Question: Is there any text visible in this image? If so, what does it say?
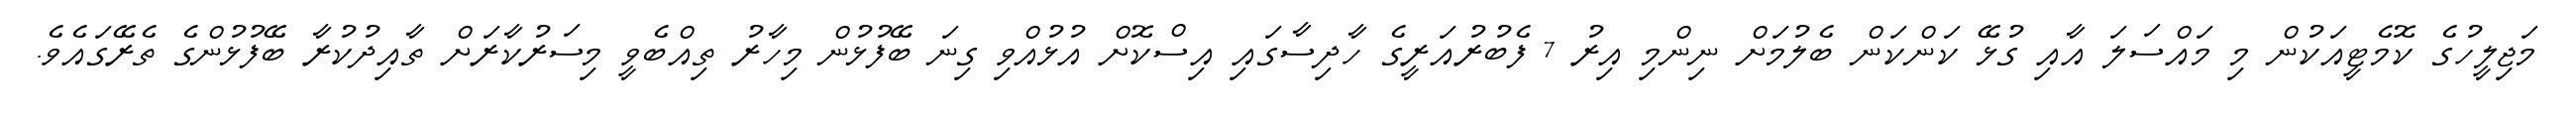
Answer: މަޖިލީހުގެ ކޮމެޓީއަކުން މި މައްސަލަ އާއި ގުޅޭ ކަންކަން ބެލުމަށް ނިންމި އިރު 7 ފެބުރުއަރީގެ ހާދިސާގައި އިސްކޮށް އުޅުއްވި ގިނަ ބޭފުޅުން މިހާރު ތިއްބެވީ މިސަރުކާރަށް ތާއިދުކުރާ ބޭފުޅުންގެ ތެރޭގައެވެ.